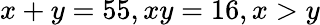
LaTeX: x+y=55,xy=16,x>y